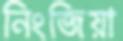
নিংজিয়া